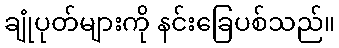
ချုံပုတ်များကို နင်းခြေပစ်သည်။